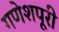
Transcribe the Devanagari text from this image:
गणेशपूरी